画像に写った文字を読んでください
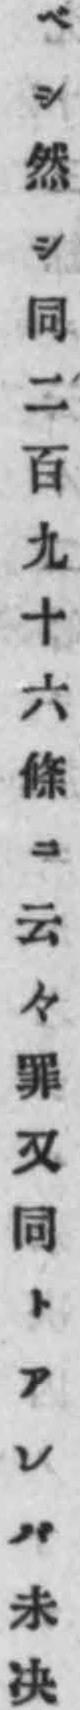
「ベシ然シ同二百九十六條ニ云々罪又同トアレバ未决」と書いてあります